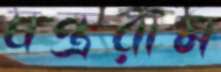
যন্ত্ররাম